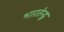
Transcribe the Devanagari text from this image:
भारतेन्द्रु